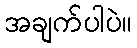
အချက်ပါပဲ။